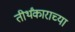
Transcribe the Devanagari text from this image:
तीर्थंकाराच्या